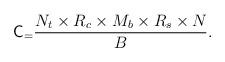
LaTeX: \begin{align*} \mathsf{C}_ = \frac{N_t \times R_c \times M_b \times R_s \times N_{}} {B}. \end{align*}